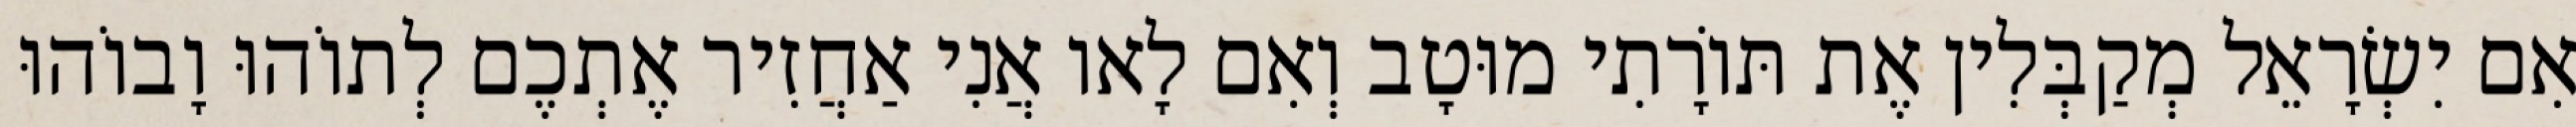
אִם יִשְׂרָאֵל מְקַבְּלִין אֶת תּוֹרָתִי מוּטָב וְאִם לָאו אֲנִי אַחֲזִיר אֶתְכֶם לְתוֹהוּ וָבוֹהוּ